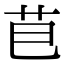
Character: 𮎣